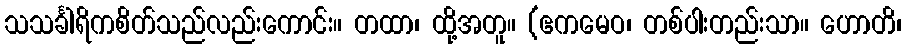
သသင်္ခါရိကစိတ်သည်လည်းကောင်း။ တထာ၊ ထို့အတူ။ (ဧကမေဝ၊ တစ်ပါးတည်းသာ။ ဟောတိ၊